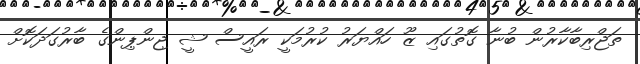
ތަޖްރިބާކާރުން ބުނާ ގޮތުގައި ޒޫ ހައްޔަރު ކުރުމަކީ ރައީސް ޝީ ޖިންޕިންގެ ބާރުގަދަކޮށް